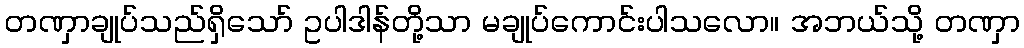
တဏှာချုပ်သည်ရှိသော် ဥပါဒါန်တို့သာ မချုပ်ကောင်းပါသလော။ အဘယ်သို့ တဏှာ